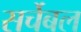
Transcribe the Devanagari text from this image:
सर्चेबल